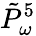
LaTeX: \tilde{P}_{\omega}^{5}